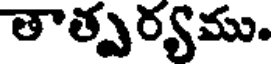
తాత్పర్యము.